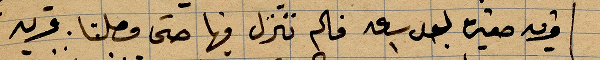
قرية صغيرة بعد ساعة فلم ننزل فيها حتى وصلنا قريه